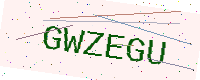
Text: GWZEGU